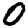
Digit: 0